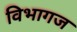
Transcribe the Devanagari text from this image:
विभागज